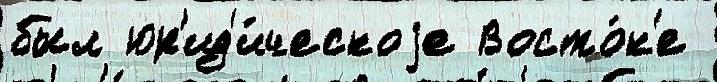
был юр'ид'и́ческоjе Восто́к'е